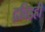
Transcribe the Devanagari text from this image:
द्रविडही